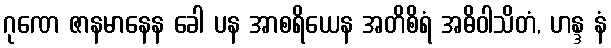
ဂုဏေ ဇာနမာနေန ခေါ ပန အာစရိယေန အတိစိရံ အဓိဝါသိတံ, ဟန္ဒ နံ